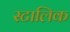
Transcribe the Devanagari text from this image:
स्टालिक